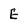
Character: E